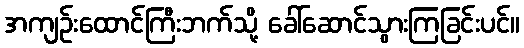
အကျဉ်းထောင်ကြီးဘက်သို့ ခေါ်ဆောင်သွားကြခြင်းပင်။